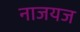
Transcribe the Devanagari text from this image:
नाजयज